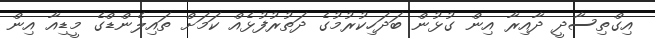
އިގްތިސާދީ ދާއިރާ އިން ގުޅުން ބަދަހިކުރުމުގެ ދަތުރުފުޅެއް ކަމަށް ތައިލެންޑްގެ މީޑިއާ އިން